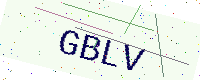
Text: GBLV